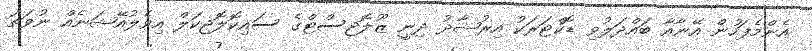
އެންމެފަހުން އޭނާއާ ބައްދަލުވި ޑޮކްޓަރަކު އިރުޝާދު ދިނީ ޒޫލޮޖިސްޓްގެ ސައިކޮލޮޖިކަލް އިވެލުއޭޝަނެއް ނުވަތަ